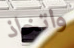
واتخاذ